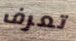
تعرف